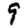
Digit: 9